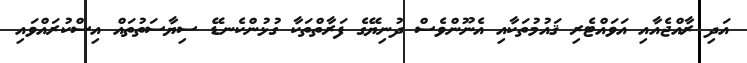
އަދި ރާއްޖެއާއި އަވައްޓެރި ޤައުމުތަކާއި އެނޫންވެސް ދުނިޔޭގެ ފަރާތްތަކާ ގުޅުންކެނޑޭ ސިޔާސަތުތައް އިސްކުރައްވައި